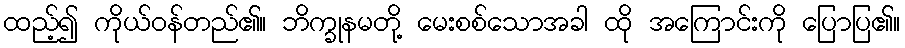
ထည့်၍ ကိုယ်ဝန်တည်၏။ ဘိက္ခုနမတို့ မေးစစ်သောအခါ ထို အကြောင်းကို ပြောပြ၏။